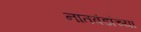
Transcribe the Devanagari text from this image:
नातवंडांच्या